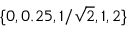
\{ 0 , 0 . 2 5 , 1 / \sqrt { 2 } , 1 , 2 \}